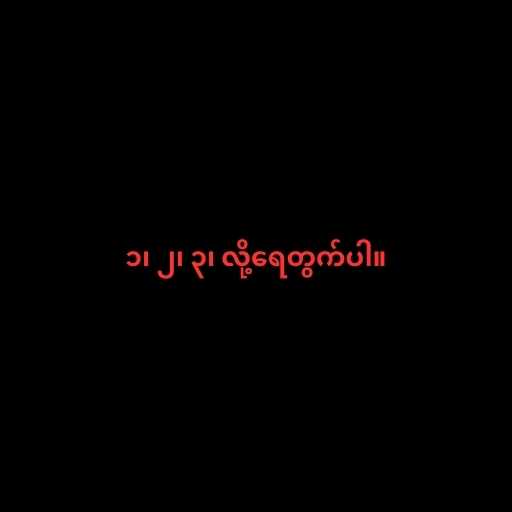
၁၊ ၂၊ ၃၊ လို့ရေတွက်ပါ။